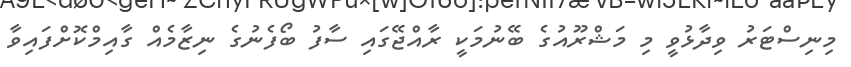
މިނިސްޓަރު ވިދާޅުވީ މި މަޝްރޫއުގެ ބޭނުމަކީ ރާއްޖޭގައި ސާފު ބޯފެނުގެ ނިޒާމެއް ގާއިމްކޮށްފައިވާ